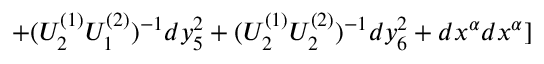
+ ( U _ { 2 } ^ { ( 1 ) } U _ { 1 } ^ { ( 2 ) } ) ^ { - 1 } d y _ { 5 } ^ { 2 } + ( U _ { 2 } ^ { ( 1 ) } U _ { 2 } ^ { ( 2 ) } ) ^ { - 1 } d y _ { 6 } ^ { 2 } + d x ^ { \alpha } d x ^ { \alpha } ]